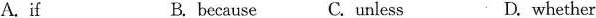
A.if B. because C. unless D. whether